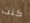
كنت